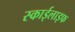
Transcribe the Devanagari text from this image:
स्काईलाइफ